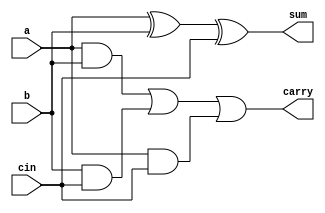
`timescale 1ns / 1ps
//////////////////////////////////////////////////////////////////////////////////
// Company: 
// Engineer: 
// 
// Design Name: 
// Module Name: wallace_
// Project Name: 
// Target Devices: 
// Tool Versions: 
// Description: 
// 
// Dependencies: 
// 
// Revision:
// Revision 0.01 - File Created
// Additional Comments:
// 
//////////////////////////////////////////////////////////////////////////////////


module fulladder( a,b,cin, sum, carry );
    input a;
    input b;
    input cin;
    output sum;
    output carry;
    
    wire w1,w2,w3;
   xor(sum,a,b,cin);
   and(w1,a,b);
   and(w2,b,cin);
   and(w3,a,cin);
   or(carry,w1,w2,w3);
    
endmodule

module halfadder(a,b,sum, carry);
    input a;
    input b;
    output carry;
    output sum;
    assign sum=a^b;
    assign carry=a&b;
    
endmodule





module wallacetree(input [7:0]A,B, output [63:0] prod
    );
    
	 
	 wire [7:0] p0,p1,p2,p3,p4,p5,p6,p7,a1,bc,dc;
	 wire [9:0] s,b,cc,d;
	 wire [10:0] c,ec,fc;
	 wire [13:0] e;
	 wire [14:0] f;
	 
	 
	 // partial product 
	 assign p0=A&{8{B[0]}};
	 assign p1=A&{8{B[1]}};
	 assign p2=A&{8{B[2]}};
	 assign p3=A&{8{B[3]}};
	 assign p4=A&{8{B[4]}};
	 assign p5=A&{8{B[5]}};
	 assign p6=A&{8{B[6]}};
	 assign p7=A&{8{B[7]}};
	 
	 
	   
	 //first STAGE
	 assign s[0]=p0[0];
	 
	 halfadder fa0(p0[1],p1[0], s[1],a1[0]);
	 fulladder fa2(p0[2],p1[1],p2[0],s[2],a1[1]);
	 fulladder fa3(p0[3],p1[2],p2[1],s[3],a1[2]);
	 fulladder fa4(p0[4],p1[3],p2[2],s[4],a1[3]);
	 fulladder fa5(p0[5],p1[4],p2[3],s[5],a1[4]);
	 fulladder fa6(p0[6],p1[5],p2[4],s[6],a1[5]);
	 fulladder fa7(p0[7],p1[6],p2[5],s[7],a1[6]);
	 halfadder ha8(p1[7],p2[6], s[8],a1[7]);
	 
	 assign s[9]=p2[7];
	
  	
	 assign b[0]=p3[0];
	 
	 halfadder hb0(p3[1],p4[0], b[1],bc[0]);
	 fulladder fb2(p3[2],p4[1],p5[0],b[2],bc[1]);
	 fulladder fb3(p3[3],p4[2],p5[1],b[3],bc[2]);
	 fulladder fb4(p3[4],p4[3],p5[2],b[4],bc[3]);
	 fulladder fb5(p3[5],p4[4],p5[3],b[5],bc[4]);
	 fulladder fb6(p3[6],p4[5],p5[4],b[6],bc[5]);
	 fulladder fb7(p3[7],p4[6],p5[5],b[7],bc[6]);
	 halfadder hb8(p4[7],p5[6], b[8],bc[7]);
	 
	 assign b[9]=p5[7]; 
	 
	 
    //second STAGE
	 
	 assign c[0]=s[0];
	 assign c[1]=s[1];
	 
	 halfadder hc1(s[2],a1[0], c[2],cc[0]);
	 fulladder fc2(s[3],a1[1],b[0],c[3],cc[1]);
	 fulladder fc3(s[4],a1[2],b[1],c[4],cc[2]);
	 fulladder fc4(s[5],a1[3],b[2],c[5],cc[3]);
	 fulladder fc5(s[6],a1[4],b[3],c[6],cc[4]);
	 fulladder fc6(s[7],a1[5],b[4],c[7],cc[5]);
	 fulladder fc7(s[8],a1[6],b[5],c[8],cc[6]);
     fulladder fc8(s[9],a1[7],b[6],c[9],cc[7]);
     
    assign c[10]=b[7];
    assign cc[8]=b[8];
    assign cc[9]=b[9];
    
    assign d[0]=bc[0];
    
	 halfadder hd1(bc[1],p6[0], d[1],dc[0]);
	 fulladder hd2(bc[2],p6[1],p7[0],d[2],dc[1]);
	 fulladder hd3(bc[3],p6[2],p7[1],d[3],dc[2]);
	 fulladder hd4(bc[4],p6[3],p7[2],d[4],dc[3]);
	 fulladder hd5(bc[5],p6[4],p7[3],d[5],dc[4]);
	 fulladder hd6(bc[6],p6[5],p7[4],d[6],dc[5]);
	 fulladder hd7(bc[7],p6[6],p7[5],d[7],dc[6]);
	 halfadder hd8(p6[7],p7[6], d[8],dc[7]);
	 assign d[9]=p7[7];
	 
	 
	 // third STAGE
	 assign e[0]=c[0];
	 assign e[1]=c[1];
	 assign e[2]=c[2];
	 
	 
	 halfadder he1(c[3],cc[0],e[3],ec[0]);
	 halfadder he2(c[4],cc[1],e[4],ec[1]);
	 fulladder fe3 (c[5],cc[2],d[0],e[5],ec[2]);
	 fulladder fe4 (c[6],cc[3],d[1],e[6],ec[3]);
	 fulladder fe5 (c[7],cc[4],d[2],e[7],ec[4]);
	 fulladder fe6 (c[8],cc[5],d[3],e[8],ec[5]);
	 fulladder fe7 (c[9],cc[6],d[4],e[9],ec[6]);
     fulladder fe8 (c[10],cc[7],d[5],e[10],ec[7]);
     
	 halfadder he9(cc[8],d[6],e[11],ec[8]);
	 halfadder he10(cc[9],d[7],e[12],ec[9]);
	 
	 assign e[13]=d[8];
	 assign ec[10]=d[9];
	 
	 
	 // fourth STAGE
	 
	 
	 assign f[0]=e[0];
	 assign f[1]=e[1];
	 assign f[2]=e[2];
	 assign f[3]=e[3];
	 
	 halfadder f1(e[4],ec[0],f[4],fc[0]);
	 halfadder f2(e[5],ec[1],f[5],fc[1]);
	 halfadder f3(e[6],ec[2],f[6],fc[2]);
	 fulladder f4(e[7],ec[3],dc[0],f[7],fc[3]);
	 fulladder f5(e[8],ec[4],dc[1],f[8],fc[4]);
	 fulladder f6(e[9],ec[5],dc[2],f[9],fc[5]);
	 fulladder f7(e[10],ec[6],dc[3],f[10],fc[6]);
	 fulladder f8(e[11],ec[7],dc[4],f[11],fc[7]);
	 fulladder f9(e[12],ec[8],dc[5],f[12],fc[8]);
	 fulladder f10(e[13],ec[9],dc[6],f[13],fc[9]);
	 halfadder f11(ec[10],dc[7],f[14],fc[10]);
	 
	 // last STAGE
	  
	 assign prod[4:0]=f[4:0];
	 wire [9:0] m;
	 
	 
      halfadder fm1(f[5], fc[0], prod[5], m[0]);
      
	  fulladder fm2(f[6], fc[1], m[0], prod[6], m[1]);
	  fulladder fm3(f[7], fc[2], m[1], prod[7], m[2]);
	  fulladder fm4(f[8], fc[3], m[2], prod[8], m[3]);
	  fulladder fm5(f[9], fc[4], m[3], prod[9], m[4]);
	  fulladder fm6(f[10], fc[5], m[4], prod[10], m[5]);
	  fulladder fm7(f[11], fc[6], m[5], prod[11], m[6]);
	  fulladder fm8(f[12], fc[7], m[6], prod[12], m[7]);
	  fulladder fm9(f[13], fc[8], m[7], prod[13], m[8]);
	  fulladder fm10(f[14], fc[9], m[8], prod[14], m[9]);
	  halfadder fm11(fc[10], m[9], prod[15] );
	  
  generate
	  genvar i;
	  for (i=16;i<64;i=i+1)
	  begin
	      assign prod[i]=1'b0;
	  end
	  endgenerate


	 
endmodule